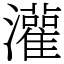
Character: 灌